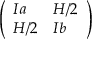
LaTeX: \left( \begin{array} { l l } { I a } & { H / 2 } \\ { H / 2 } & { I b } \end{array} \right)